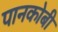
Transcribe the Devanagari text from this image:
पानकोबी